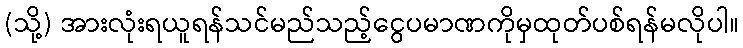
(သို့) အားလုံးရယူရန်သင်မည်သည့်ငွေပမာဏကိုမှထုတ်ပစ်ရန်မလိုပါ။